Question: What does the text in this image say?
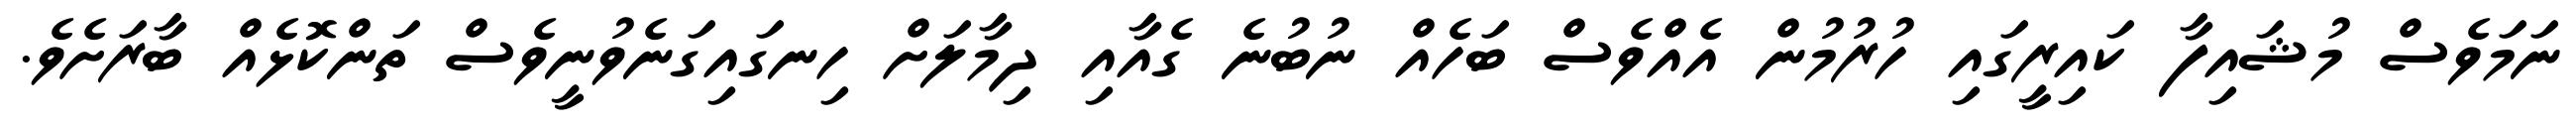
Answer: ނަމަވެސް މުޝައިފާ ކައިރީގައި ހުރުމުން އެއްވެސް ބަހެއް ނުބުނެ ގެއާއި ދިމާލަށް ހިނގައިގަނެވުނީވެސް ތަންކޮޅެއް ބާރަށެވެ.